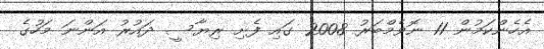
އެހެންކަމުން 11 ނޮވެމްބަރު 2008 ގައި ފެށި ރިޔާސީ ދައުރު އަންނަ މަހުގެ